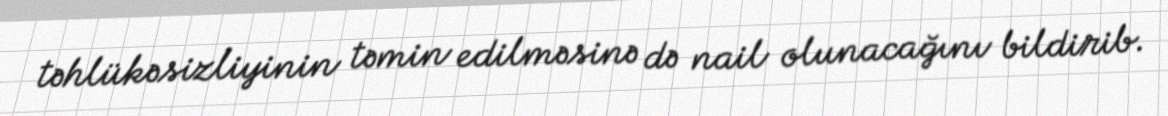
təhlükəsizliyinin təmin edilməsinə də nail olunacağını bildirib.